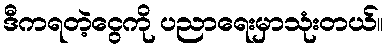
ဒီကရတဲ့ငွေကို ပညာရေးမှာသုံးတယ်။